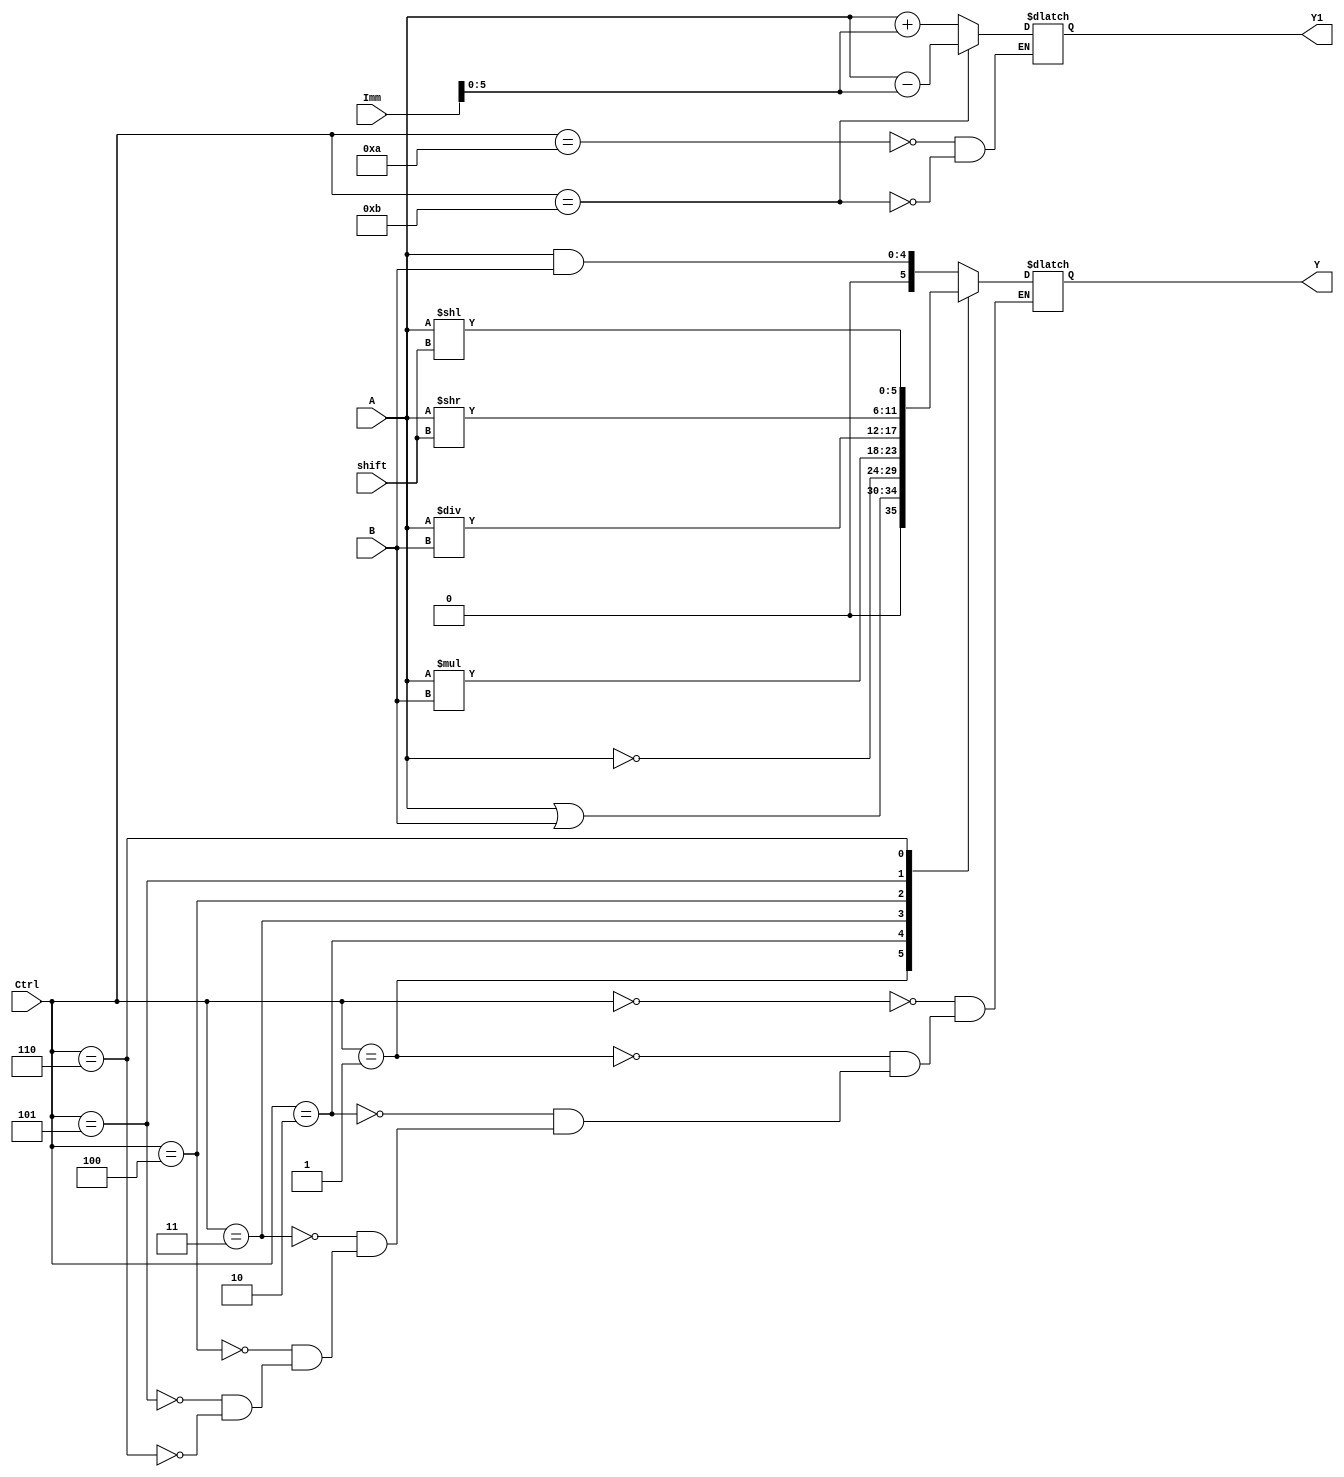
module ALU(A,B,Imm,shift,Y,Y1,Ctrl);
   
    input [4:0]  A;
    input [4:0]  B;
    input [5:0]  Ctrl;
    input [15:0] Imm;
    input [4:0]  shift;
    output [5:0] Y;
    output [5:0] Y1;
    reg [5:0] Y,Y1;
    
    always@*
        begin
            case(Ctrl)
                6'b000000: Y <= A&B;       //AND Operation.
                6'b000001: Y <= A|B;       //OR Operation.
                6'b000010: Y <= ~A;        //NOT Operation.
                6'b000011: Y <= A * B;     //Multiplication.
                6'b000100: Y <= A / B;     //Division.
                6'b000101: Y <= A>>shift;  //Right Shift Operation.
                6'b000110: Y <= A<<shift;  //Left Shift Operation
                6'b001010: Y1 <= A + Imm;   //Addition with R-type and I-type ISA.
                6'b001011: Y1 <= A - Imm;   //Subtraction with R-type and I-type ISA.             
            endcase
        end
    
endmodule